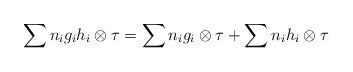
\begin{align*} \sum n_i g_i h_i \otimes \tau = \sum n_i g_i\otimes\tau +\sum n_i h_i\otimes\tau\end{align*}